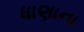
ધાણાના